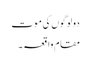
دولوگوں کی موت
مقام واقعہ ۔